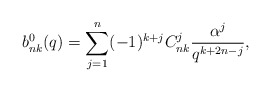
\begin{align*} b_{nk}^0(q)= \sum_{j=1}^n (-1)^{k+j} C_{nk}^j \frac{\alpha^j}{q^{k+2n-j}},\end{align*}